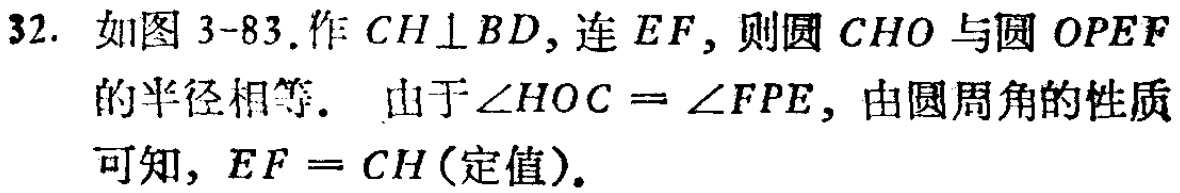
32. 如图3-83.作 \(CH\perp BD\)，连 \(EF\)，则圆 \(CHO\) 与圆 \(OPEF\) 的半径相等. 由于 \(\angle HOC = \angle FPE\)，由圆周角的性质可知，\(EF = CH\)(定值).